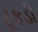
ટૂકડી